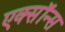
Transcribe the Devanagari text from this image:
एक्सॉन्स